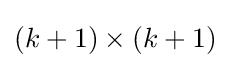
(k+1)\times (k+1)